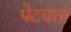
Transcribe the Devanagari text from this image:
पेटवता